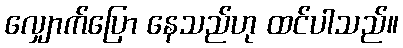
လျှောက်ပြော နေသည်ဟု ထင်ပါသည်။